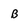
Character: B